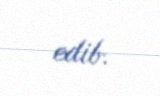
edib.